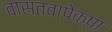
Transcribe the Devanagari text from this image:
वास्तवापेक्षा